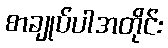
စာချုပ်ပါအတိုင်း